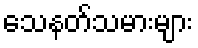
သေနတ်သမားများ